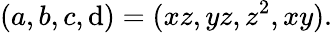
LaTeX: (a,b,c,\mathrm{d})=(xz,yz,z^{2},xy).